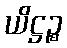
ယိဋ္ဌဉ္စ